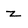
Character: z